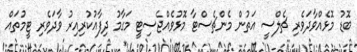
ބޮޑު މޮޅެއްވާދަވެރި ޗެލްސީ އަތުން މެންޗެސްޓާ މޮޅުވެއްޖެސިޓީ މަގާމު ދިފާއުކުރިއިރު ވާދަވެރި ޓީމުތައް